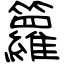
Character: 籮